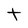
Character: t